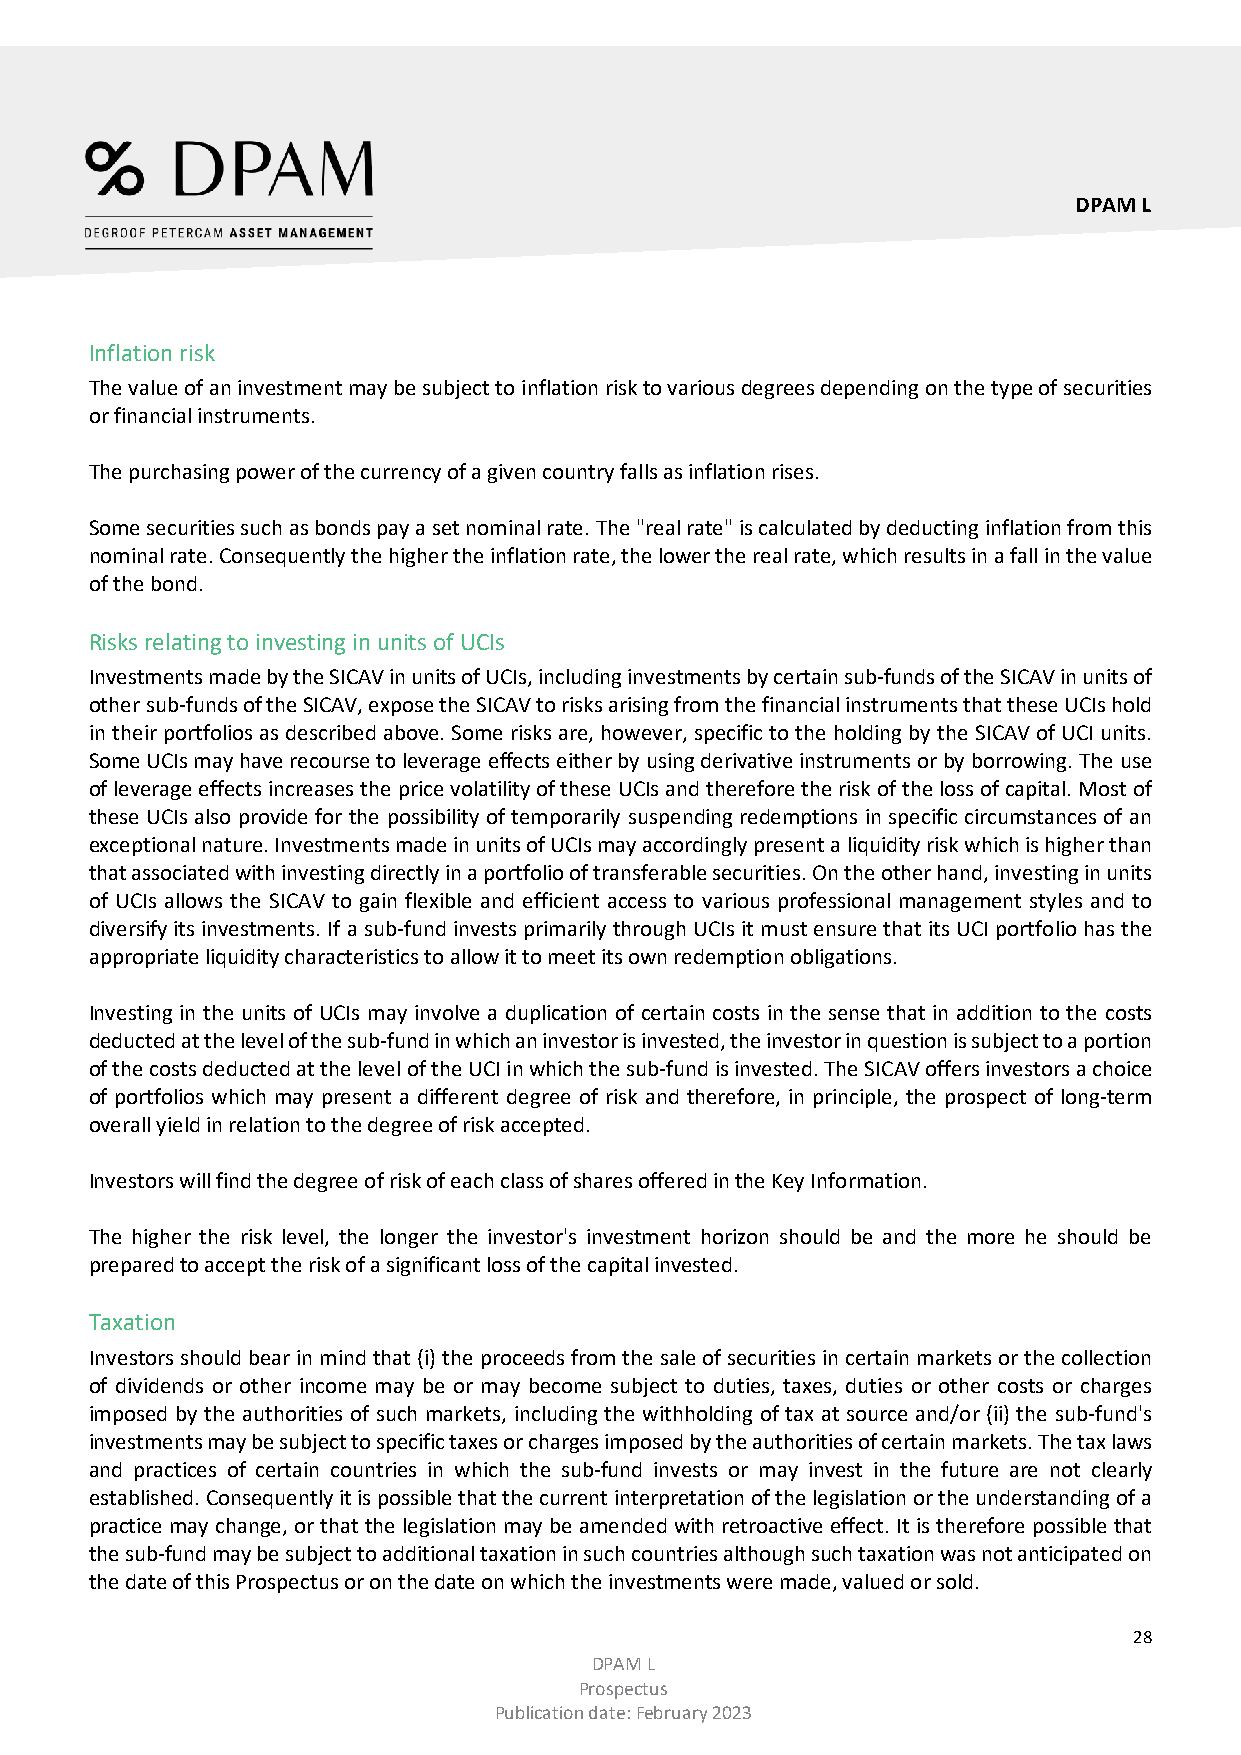
DPAM L
 Inflation risk
 The value of an investment may be subject to inflation risk to various degrees depending on the type of securities
 or financial instruments.
 The purchasing power of the currency of a given country falls as inflation rises.
 Some securities such as bonds pay a set nominal rate. The "real rate" is calculated by deducting inflation from this
 nominal rate. Consequently the higher the inflation rate, the lower the real rate, which results in a fall in the value
 of the bond.
 Risks relating to investing in units of UCIs
 Investments made by the SICAV in units of UCIs, including investments by certain sub-funds of the SICAV in units of
 other sub-funds of the SICAV, expose the SICAV to risks arising from the financial instruments that these UCIs hold
 in their portfolios as described above. Some risks are, however, specific to the holding by the SICAV of UCI units.
 Some UCIs may have recourse to leverage effects either by using derivative instruments or by borrowing. The use
 of leverage effects increases the price volatility of these UCIs and therefore the risk of the loss of capital. Most of
 these UCIs also provide for the possibility of temporarily suspending redemptions in specific circumstances of an
 exceptional nature. Investments made in units of UCIs may accordingly present a liquidity risk which is higher than
 that associated with investing directly in a portfolio of transferable securities. On the other hand, investing in units
 of UCIs allows the SICAV to gain flexible and efficient access to various professional management styles and to
 diversify its investments. If a sub-fund invests primarily through UCIs it must ensure that its UCI portfolio has the
 appropriate liquidity characteristics to allow it to meet its own redemption obligations.
 Investing in the units of UCIs may involve a duplication of certain costs in the sense that in addition to the costs
 deducted at the level of the sub-fund in which an investor is invested, the investor in question is subject to a portion
 of the costs deducted at the level of the UCI in which the sub-fund is invested. The SICAV offers investors a choice
 of portfolios which may present a different degree of risk and therefore, in principle, the prospect of long-term
 overall yield in relation to the degree of risk accepted.
 Investors will find the degree of risk of each class of shares offered in the Key Information.
 The higher the risk level, the longer the investor's investment horizon should be and the more he should be
 prepared to accept the risk of a significant loss of the capital invested.
 Taxation
 Investors should bear in mind that (i) the proceeds from the sale of securities in certain markets or the collection
 of dividends or other income may be or may become subject to duties, taxes, duties or other costs or charges
 imposed by the authorities of such markets, including the withholding of tax at source and/or (ii) the sub-fund's
 investments may be subject to specific taxes or charges imposed by the authorities of certain markets. The tax laws
 and practices of certain countries in which the sub-fund invests or may invest in the future are not clearly
 established. Consequently it is possible that the current interpretation of the legislation or the understanding of a
 practice may change, or that the legislation may be amended with retroactive effect. It is therefore possible that
 the sub-fund may be subject to additional taxation in such countries although such taxation was not anticipated on
 the date of this Prospectus or on the date on which the investments were made, valued or sold.
 28
 DPAM L
 Prospectus
 Publication date: February 2023